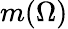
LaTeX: m(\Omega)